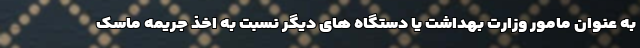
به عنوان مامور وزارت بهداشت یا دستگاه های دیگر نسبت به اخذ جریمه ماسک